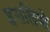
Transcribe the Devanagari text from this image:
इसलियो